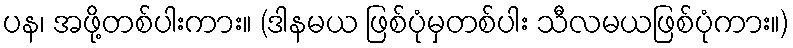
ပန၊ အဖို့တစ်ပါးကား။ (ဒါနမယ ဖြစ်ပုံမှတစ်ပါး သီလမယဖြစ်ပုံကား။)